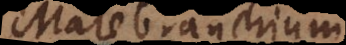
Malebranchium